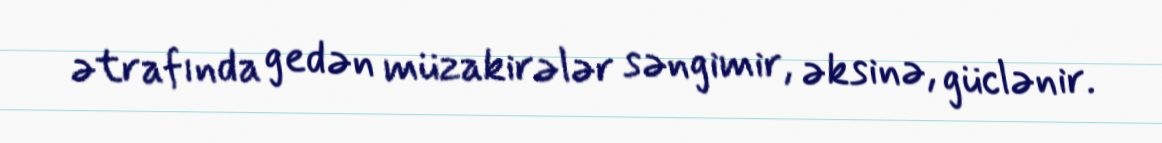
ətrafında gedən müzakirələr səngimir, əksinə, güclənir.